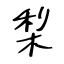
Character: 梨